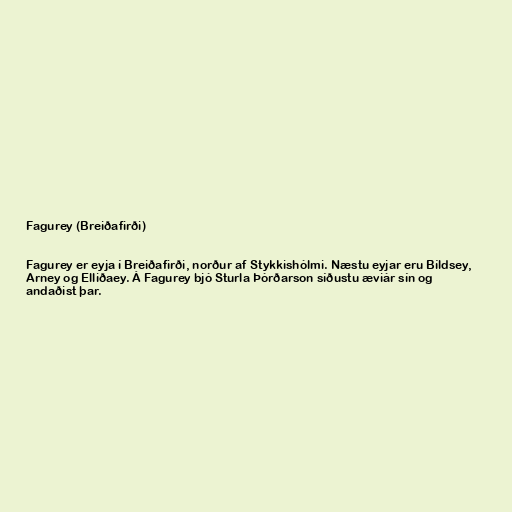
Fagurey (Breiðafirði)

Fagurey er eyja í Breiðafirði, norður af Stykkishólmi. Næstu eyjar eru Bíldsey,
Arney og Elliðaey. Á Fagurey bjó Sturla Þórðarson síðustu æviár sín og
andaðist þar.